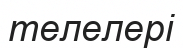
телелері